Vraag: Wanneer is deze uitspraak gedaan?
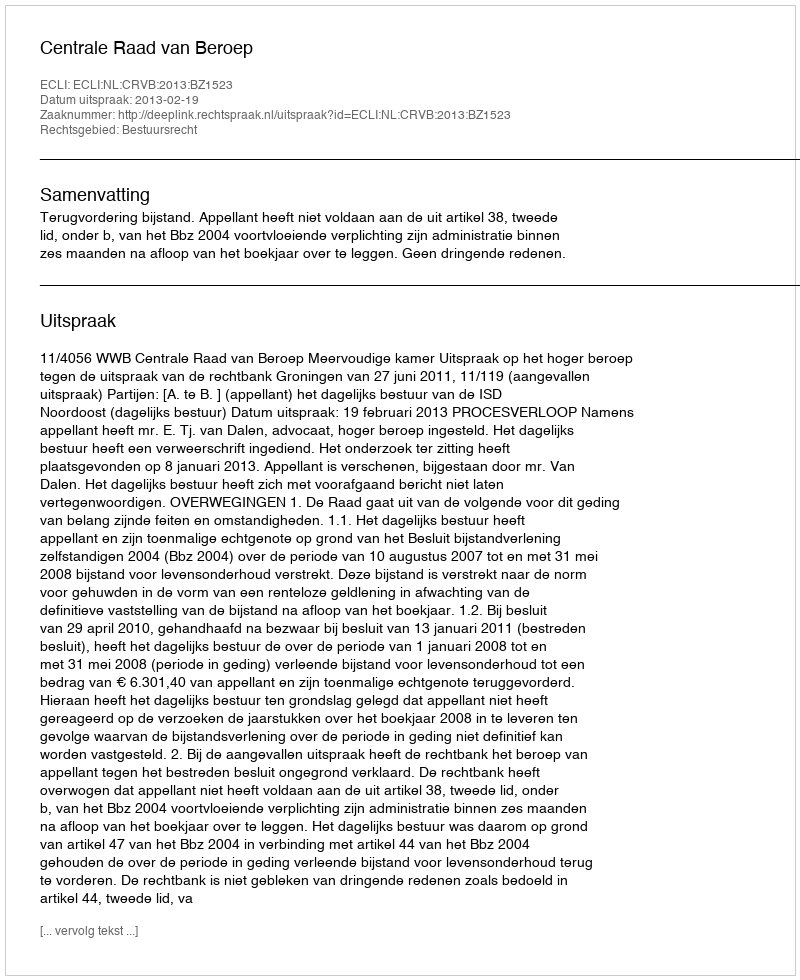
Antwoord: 2013-02-19